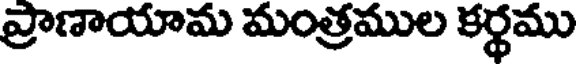
ప్రాణాయామ మంత్రముల కర్థము